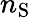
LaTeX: n_{\mathrm{S}}